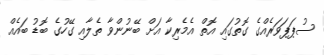
ސުޕަޕަވަރެއްގެ ގޮތުގައި އޮތް އެމެރިކާ އަށް ބޭނުންވާ ތެލާއި ގޭހުގެ ބޮޑު ބައެއް